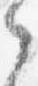
之